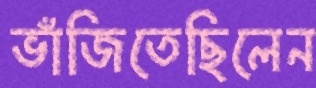
ভাঁজিতেছিলেন